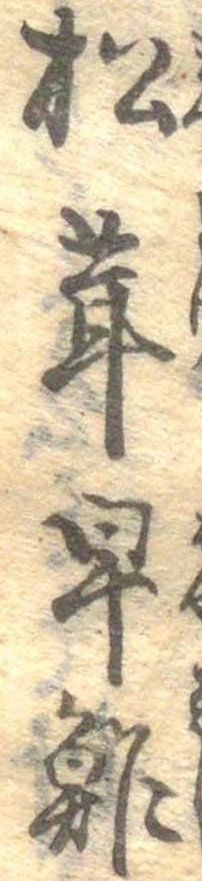
松茸早鮓